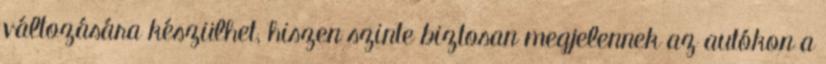
változására készülhet, hiszen szinte biztosan megjelennek az autókon a